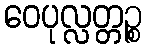
ဝေပုလ္လတ္တဉ္စ